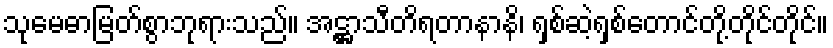
သုမေဓာမြတ်စွာဘုရားသည်။ အဋ္ဌာသီတိရတာနာနိ၊ ရှစ်ဆဲ့ရှစ်တောင်တို့တိုင်တိုင်။